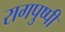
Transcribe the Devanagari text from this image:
रागपुष्पी